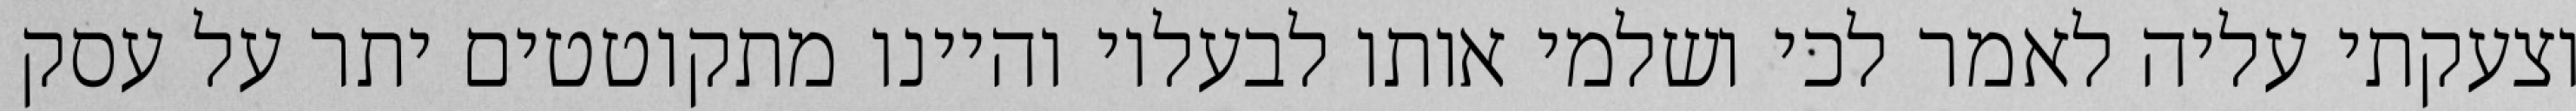
וצעקתי עליה לאמר לכי ושלמי אותו לבעליו והיינו מתקוטטים יתר על עסק